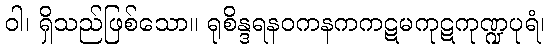
ဝါ၊ ရှိသည်ဖြစ်သော။ ရုစိန္ဒရနဝကနကကဋမကုဋကုဏ္ဍပုရံ၊